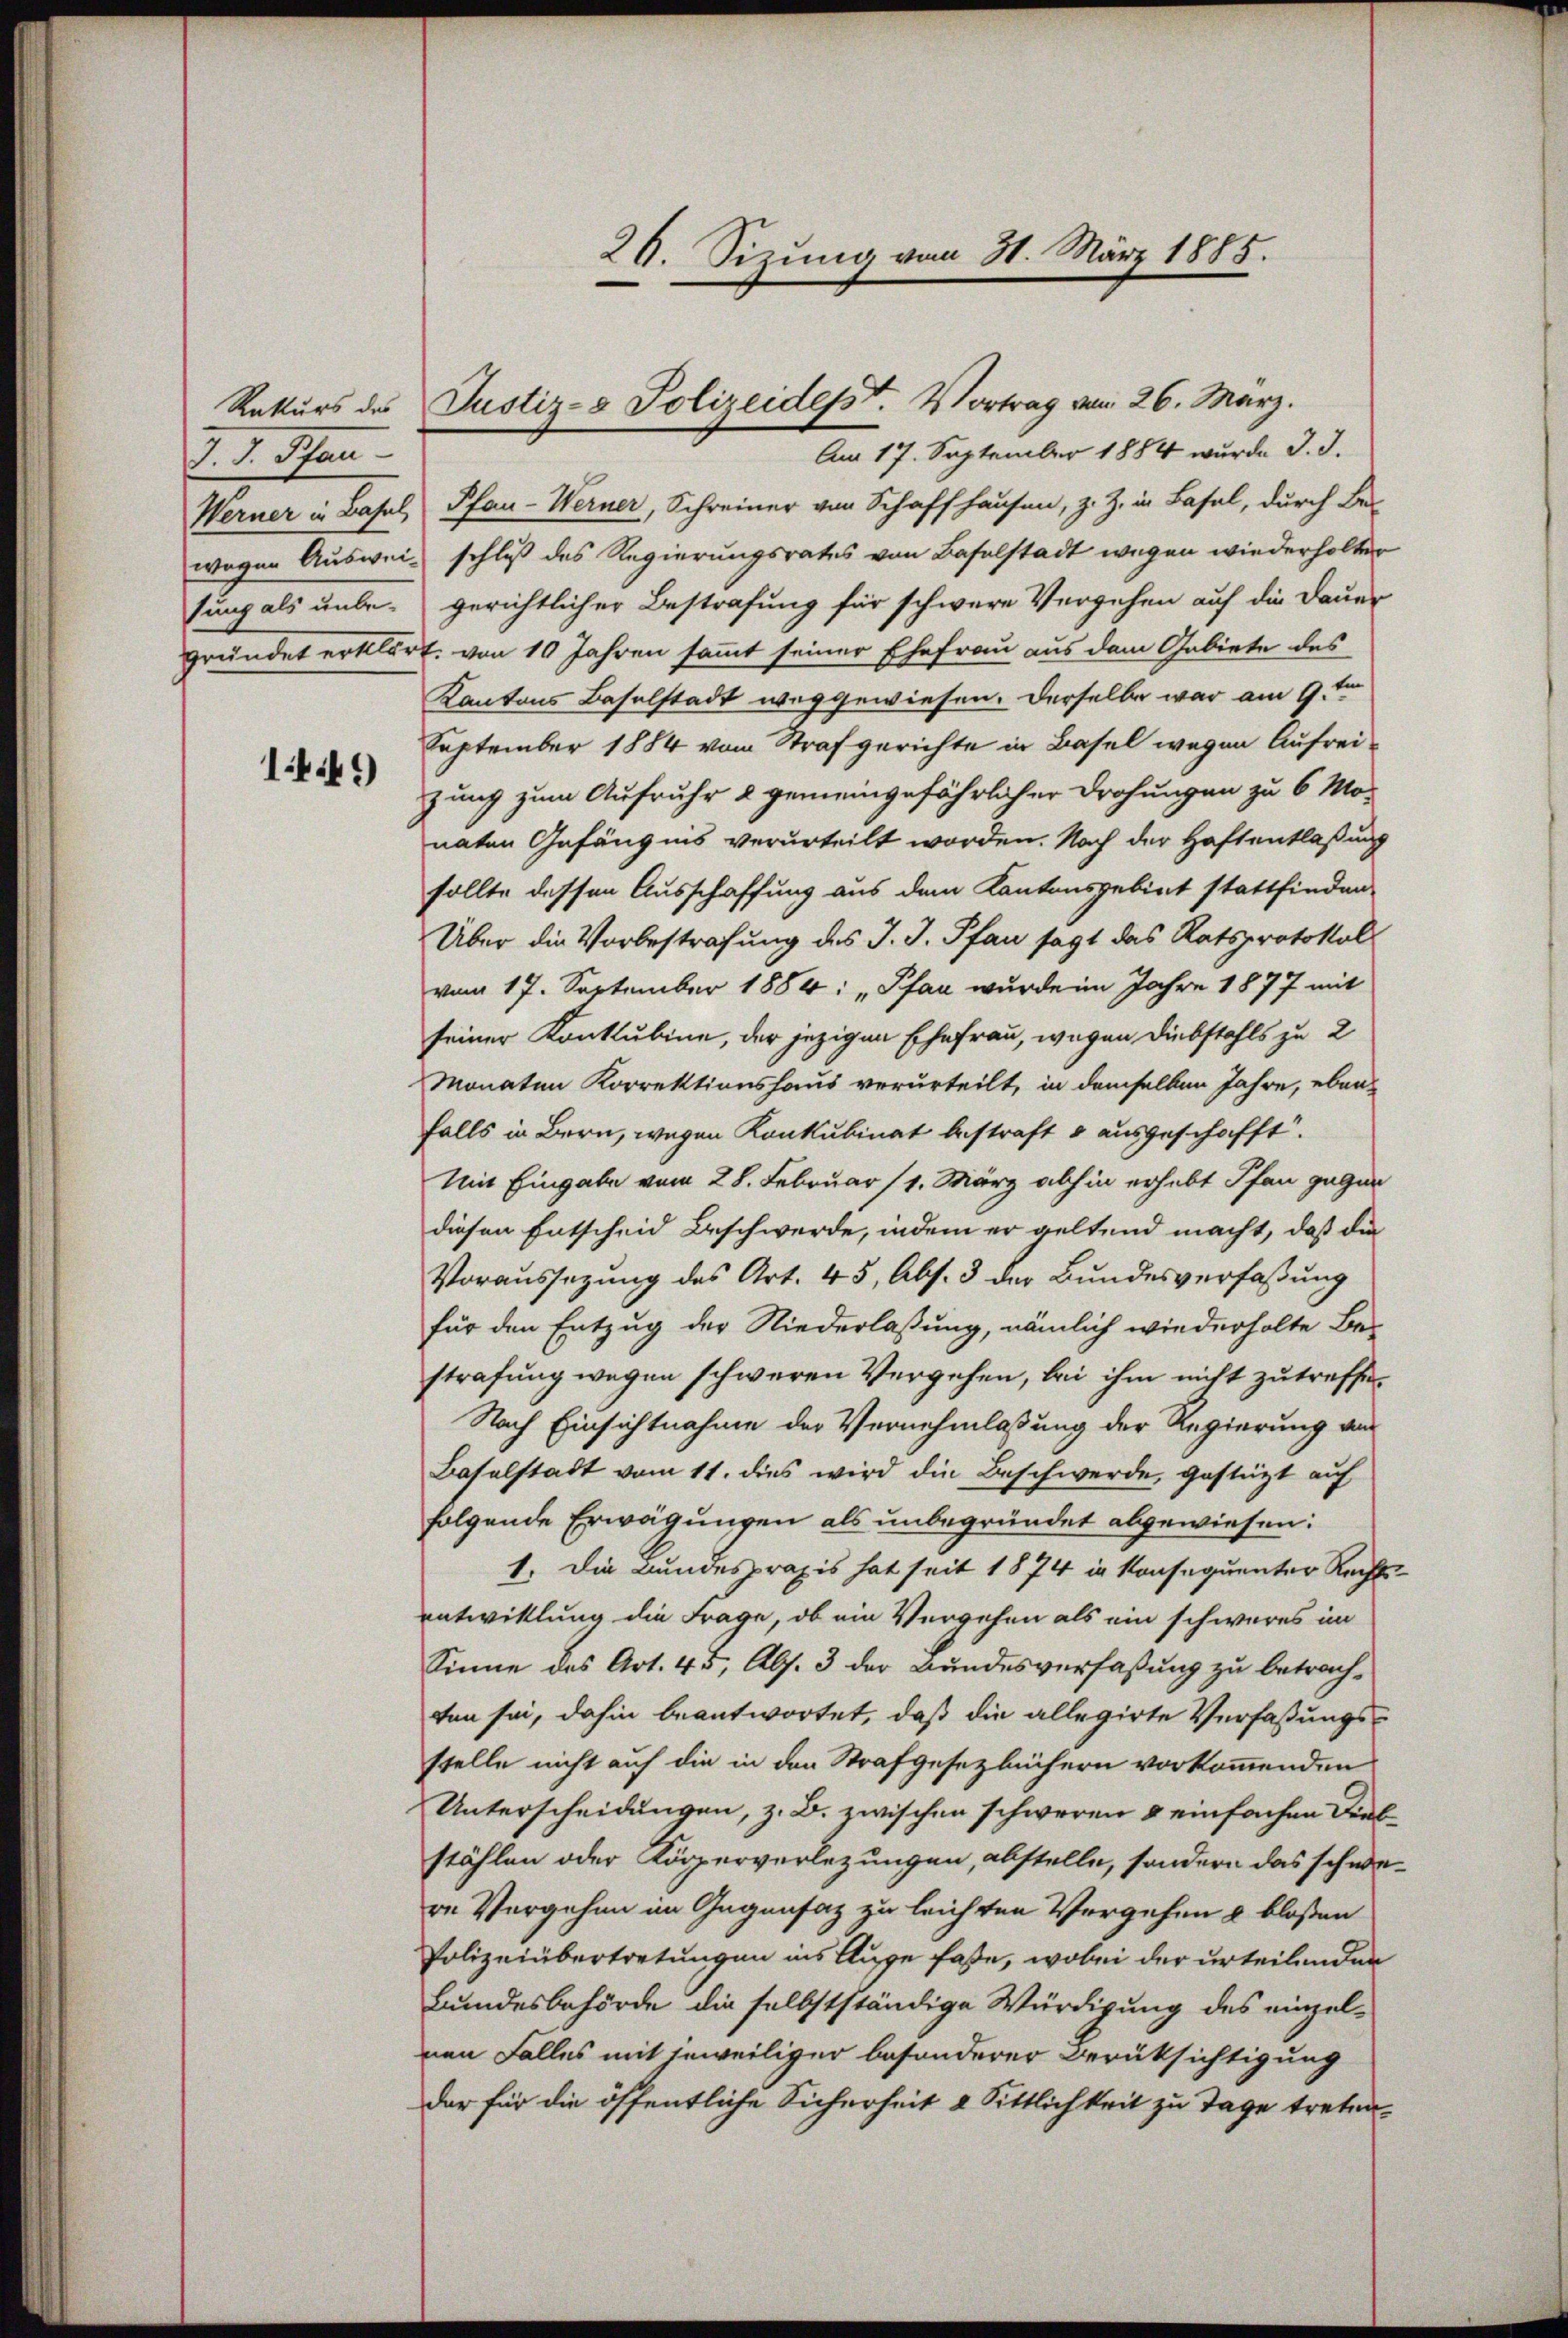
Rekurs des
7. d. Pfan
sung als unbe-

1449

26. Sizung vom 31. März 1885.

Am 17. September 1884 wurde J. J.
Werner in Basel, Pfau-Werner, Schreiner von Schaffhausen, z. Z. in Basel, durch Be-
wegen Ausweis schluß des Regierungsrates von Baselstadt wegen wiederholter
gerichtlicher Bestrafung für schwere Vergehen auf die Dauer
gründet erklärt, von 10 Jahren sammt seiner Ehefrau aus dem Gebiete des
Kantons Baselstadt weggewiesen. Derselbe war am 9ten
September 1884 vom Strafgerichte in Basel wegen Aufreizung zum Aufruhe & gemeingefährlicher Drohungen zu 6 Monaten Gefängnis verurteilt worden. Nach der Haftentlaßung
sollte dessen Ausschaffung aus dem Kantonsgebiet stattfinden
Über die Vorbestrafung des J. J. Pfau sagt das Ratsprotokol
vom 17. September 1884: „Pfau wurde im Jahre 1877 mit
seiner Konkubine, der jezigen Ehefrau, wegen Diebstahls zu 2
Monaten Korrektionshaus verurteilt, in demselben Jahre, eben-
falls in Bern, wegen Konkubinat bestraft d ausgeschafft.
Mit Eingabe vom 28. Februar (1. März abhin erhebt Pfau gegen
diesen Entscheid Beschwerde, indem er geltend macht, daß die
Voraussezung des Art. 45, Abs. 3 der Bundesverfaßung
für den Entzug der Niederlaßung, nämlich wiederholte Be-
strafung wegen schweren Vergehen, bei ihm nicht zutreffe¬
Nach Einsichtnahme der Vernehmlassung der Regierung ans
Baselstadt vom 11. dies wird die Beschwerde, gestützt auf
folgende Erwägungen als unbegründet abgewiesen:
1. Die Bundespraxis hat seit 1874 in konsequenter Rechts-
entwicklung die Frage, ob ein Vergehen als ein schweres im
Sinne des Art. 45, Abs. 3 der Bundesverfaßung zu betrachten sei, dahin beantwortet, daß die allegirte Verfaßungsstelle nicht auf die in den Strafgesetzbüchern vorkommenden
Unterscheidungen, z. B. zwischen schweren 8 einfachen Diebstählen oder Körperverletzungen, abstelle, sondern das schwere Vorgehen im Gegensatz zu leichten Vergehen & bloßen
Polizeiübertretungen ins Auge faße, wobei der urteilenden
Bundesbehörde die selbstständige Würdigung des einzel-
nen Falles mit jeweiliger besonderer Berüksichtigung
der für die öffentliche Sicherheit 2 Sittlichkeit zu Tage treten¬

Justiz- & Polizeidesst. Vortrag vom 26. März.